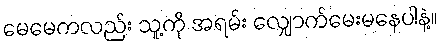
မေမေကလည်း သူ့ကို အရမ်း လျှောက်မေးမနေပါနဲ့။